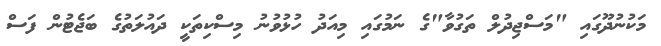
މަކުނުދޫގައި "މަސްޖިދުލް ތަގުވާ"ގެ ނަމުގައި މިއަދު ހުޅުވުނު މިސްކިތަކީ ދައުލަތުގެ ބަޖެޓުން ފަސް